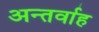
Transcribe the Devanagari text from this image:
अन्‍तर्वाह